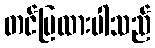
တင်ပြထားပါသည်